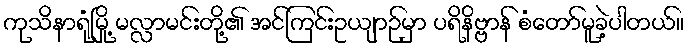
ကုသိနာရုံမြို့ မလ္လာမင်းတို့၏ အင်ကြင်းဥယျာဉ်မှာ ပရိနိဗ္ဗာန် စံတော်မူခဲ့ပါတယ်။